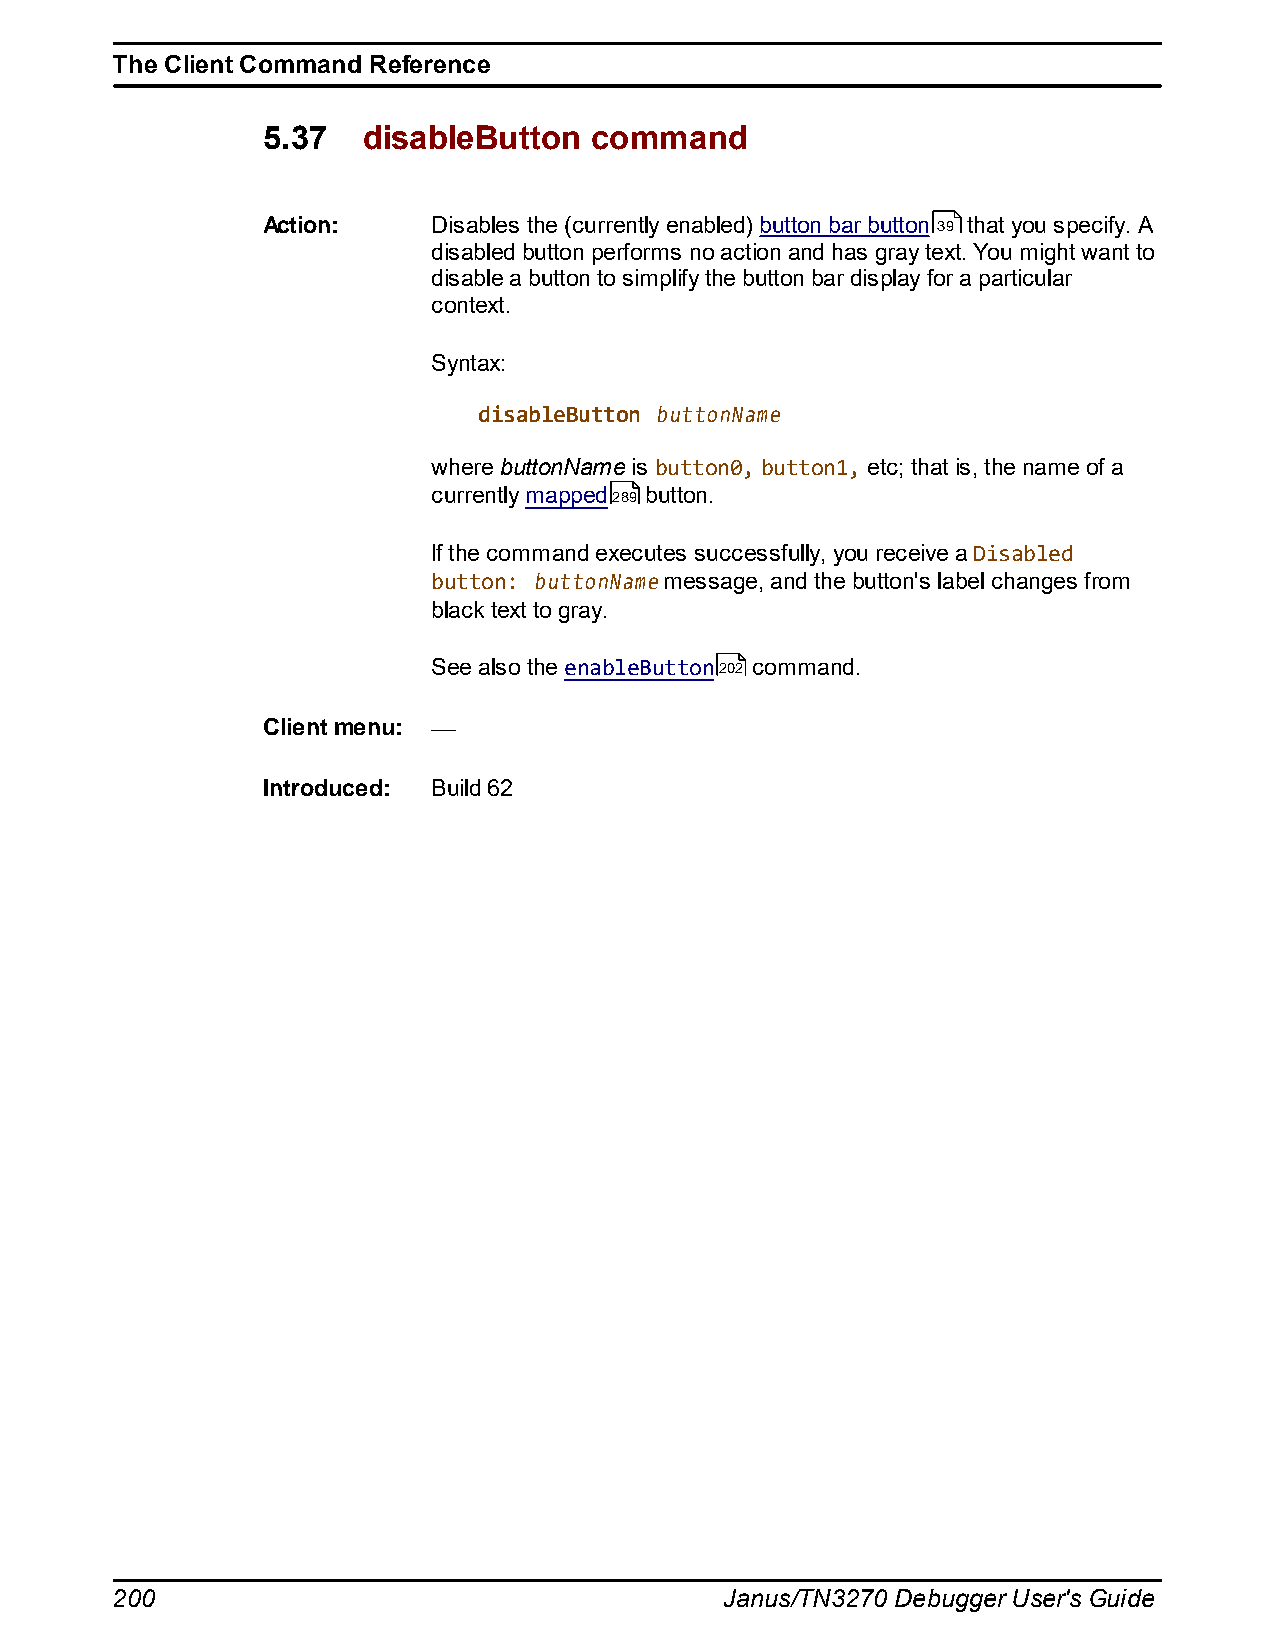
The Client Command Reference
 5.37   disableButton  command
 Action:     Disables the (currently enabled) button bar button 39 that you specify. A
 disabled button performs no action and has gray text. You might want to
 disable a button to simplify the button bar display for a particular
 context.
 Syntax:
 disableButton buttonName
 where buttonName is button0, button1, etc; that is, the name of a
 currently mapped289 button.
 If the command executes successfully, you receive a Disabled
 button: buttonName message, and the button's label changes from
 black text to gray.
 See also the enableButton202 command.
 Client menu:
 Introduced: Build 62
 200                                      Janus/TN3270 Debugger User's Guide